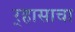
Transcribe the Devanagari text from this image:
र्‍हासाचा